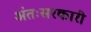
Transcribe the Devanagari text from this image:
अंतःसरकारी